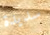
سديدة